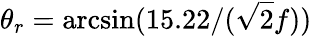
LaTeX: \theta_{r}=\arcsin(15.22/(\sqrt{2}f))